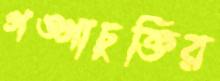
গঙ্গাচুক্তির